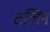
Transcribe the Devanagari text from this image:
टलिन